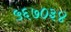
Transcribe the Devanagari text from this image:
५६७०३४